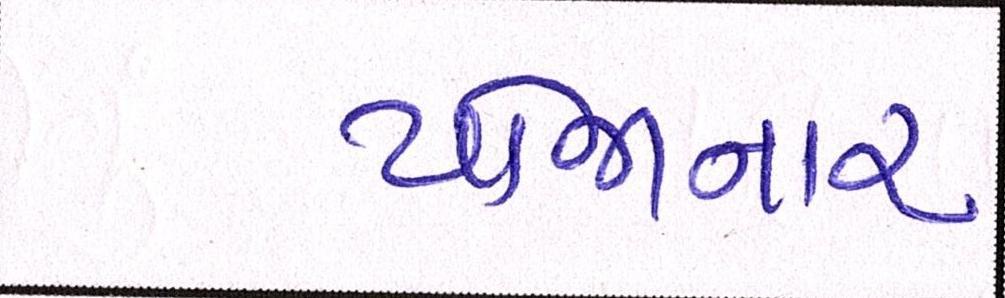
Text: યોજાનાર